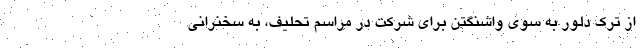
از ترک دلوِر به سوی واشنگتن برای شرکت در مراسم تحلیف، به سخنرانی